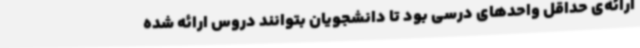
ارائه‌ی حداقل واحدهای درسی بود تا دانشجویان بتوانند دروس ارائه شده